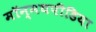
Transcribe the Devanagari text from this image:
मॉन्मथपीडिया